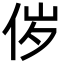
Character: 㑕